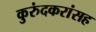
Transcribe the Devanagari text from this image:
कुरुंदकरांसह